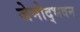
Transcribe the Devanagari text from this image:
जेमोद्भवन